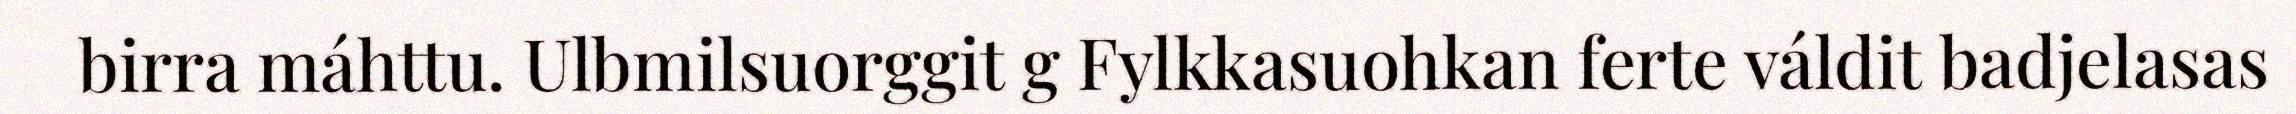
birra máhttu. Ulbmilsuorggit g Fylkkasuohkan ferte váldit badjelasas